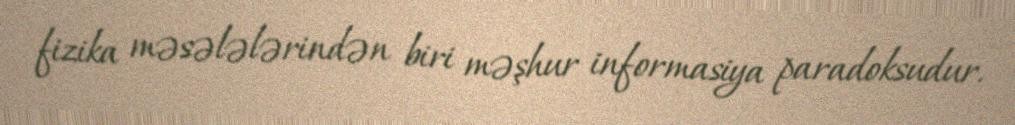
fizika məsələlərindən biri məşhur informasiya paradoksudur.